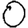
Digit: 0